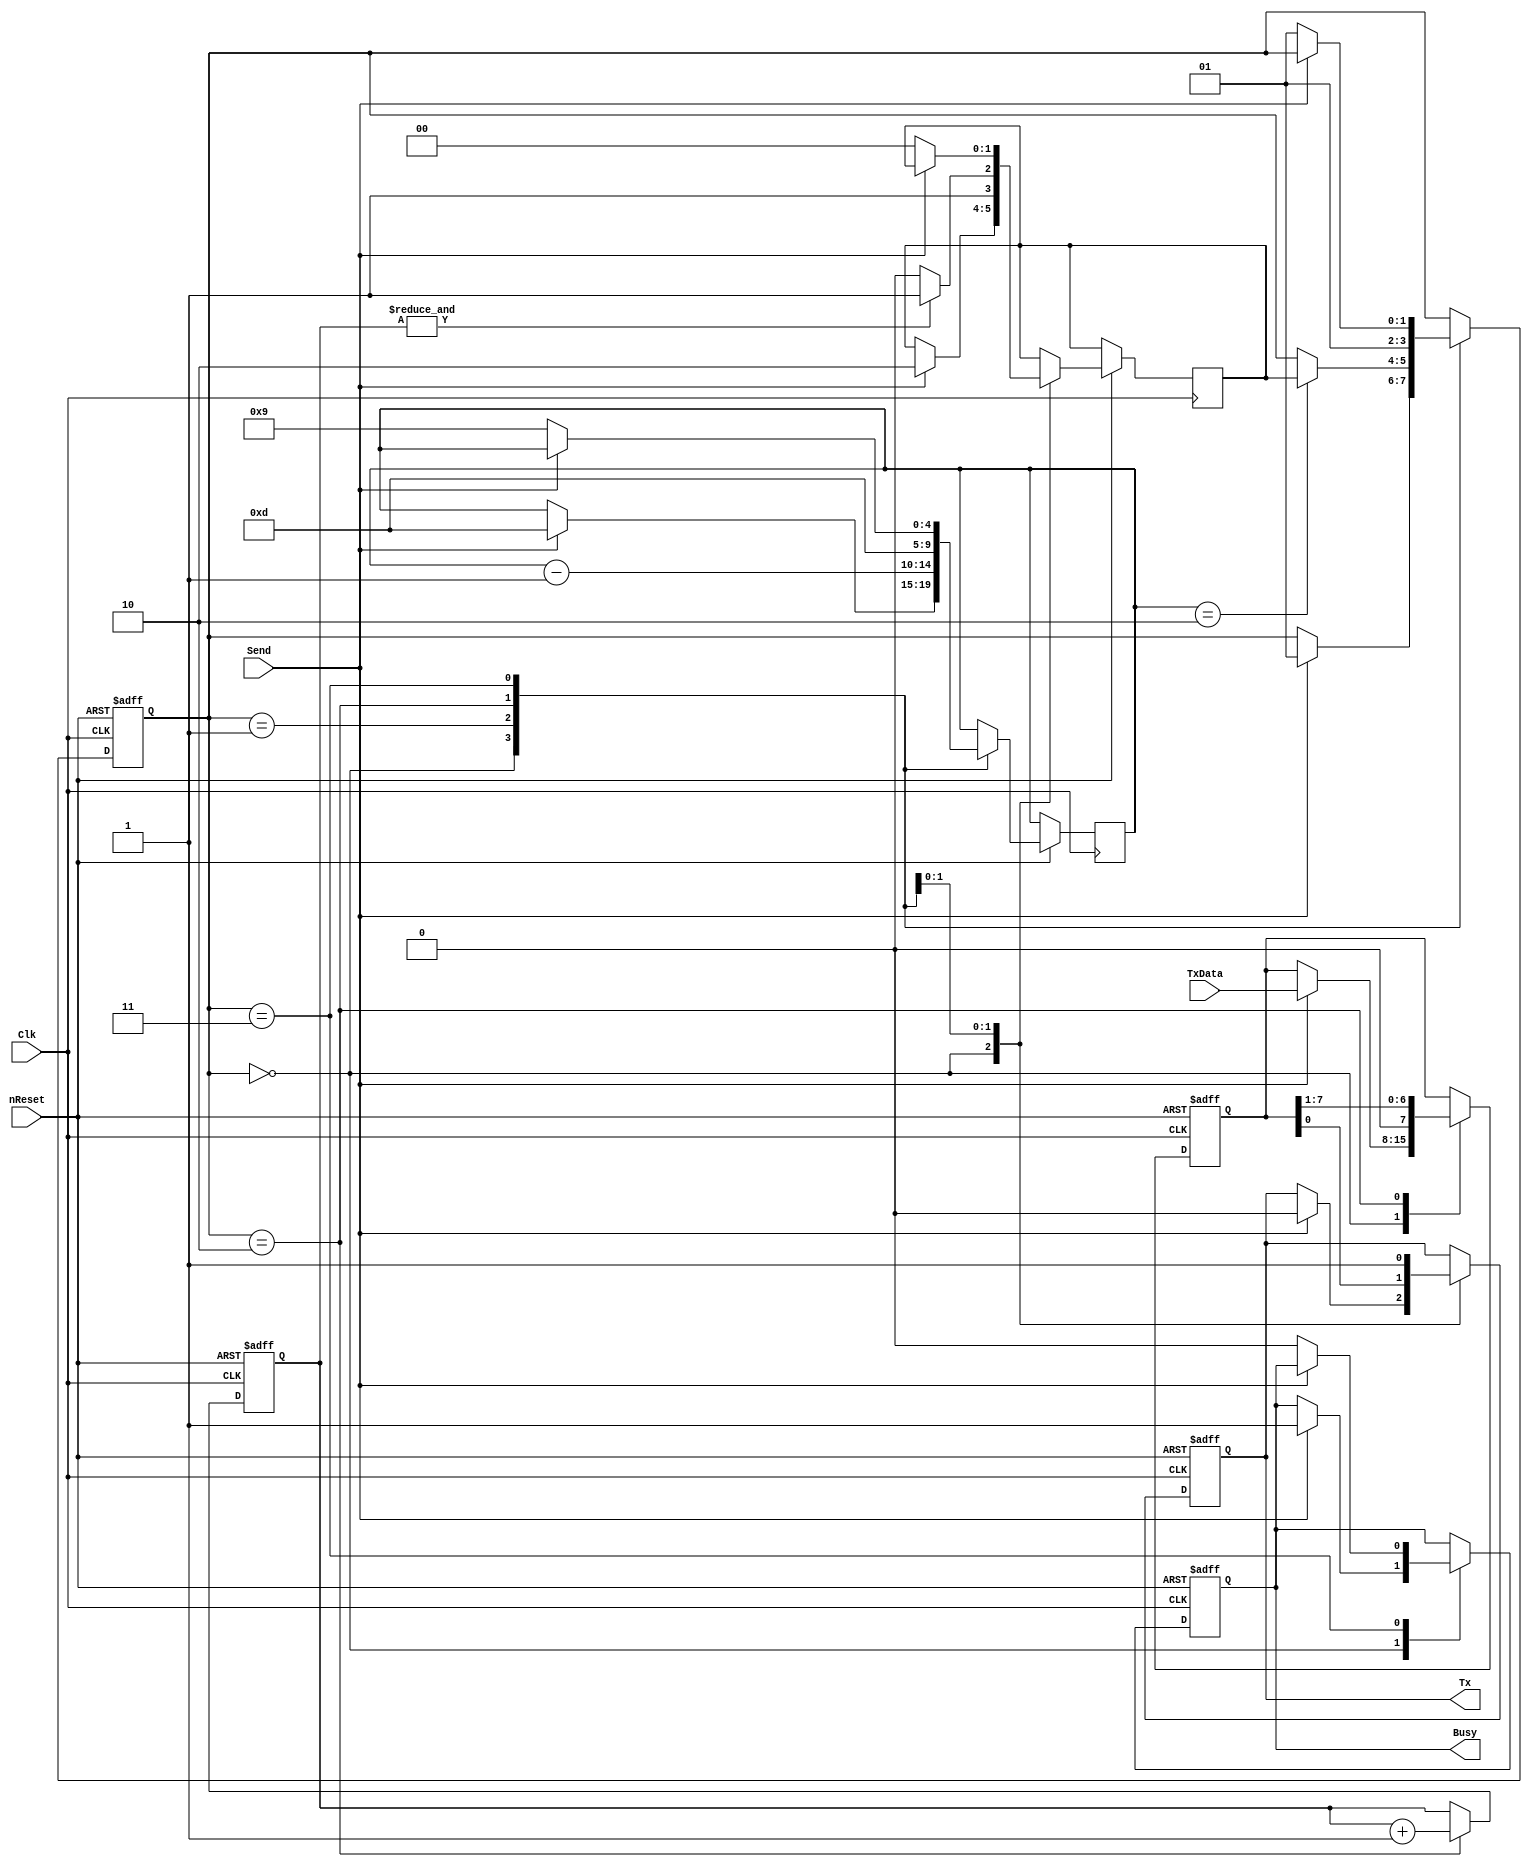
//==============================================================================
// Copyright (C) John-Philip Taylor
// jpt13653903@gmail.com
//
// This file is part of a library
//
// This file is free software: you can redistribute it and/or modify
// it under the terms of the GNU General Public License as published by
// the Free Software Foundation, either version 3 of the License, or
// (at your option) any later version.
// 
// This program is distributed in the hope that it will be useful,
// but WITHOUT ANY WARRANTY; without even the implied warranty of
// MERCHANTABILITY or FITNESS FOR A PARTICULAR PURPOSE.  See the
// GNU General Public License for more details.
// 
// You should have received a copy of the GNU General Public License
// along with this program.  If not, see <http://www.gnu.org/licenses/>
//==============================================================================

module RS232_Tx(
  input       nReset,
  input       Clk,

  input  [7:0]TxData,
  input       Send,
  output reg  Busy,

  output reg  Tx);
 
  parameter CountBits = 5; // Default parameters for 40 MHz clock
  parameter Count0_5  = 5'b01001; // f_Clk / BAUD / 2
  parameter Count1    = 5'b01101; // f_Clk / BAUD

  reg [          1:0] state;
  reg [          1:0] retstate;
  reg [CountBits-1:0] count;
  reg [          7:0] tData;
  reg [          2:0] count2;

  always @(negedge nReset, posedge Clk) begin
    if(!nReset) begin
      state    <= 2'b11;
      count2   <= 3'b000;
      tData    <= 8'h00;
      Tx       <= 1'b1;
      Busy     <= 1'b1;
  
    end else begin
      case(state)
        2'b00: begin
          if(Send) begin
            Tx       <= 1'b0;
            tData    <= TxData;
            count    <= Count1;
            retstate <= 2'b10;
            state    <= 2'b01;
            Busy     <= 1'b1;
          end
        end
    
        2'b01: begin
          if(count == 2) begin
            state <= retstate;
          end
          count <= count - 1'b1;
        end
    
        2'b10: begin
          Tx     <= tData[0];
          tData  <= {1'b0, tData[7:1]};
          count  <= Count1;
          state  <= 2'b01;
          if(&count2) begin
            retstate <= 2'b11;
          end else begin
            retstate <= 2'b10;
          end
          count2 <= count2 + 1'b1;
        end
    
        2'b11: begin
          Tx <= 1'b1;
          if(!Send) begin
            Busy     <= 1'b0;
            count    <= Count0_5;
            retstate <= 2'b00;
            state    <= 2'b01;
          end
        end
     
        default:;
      endcase
    end
  end
endmodule